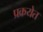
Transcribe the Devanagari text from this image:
प्रक्रयेत